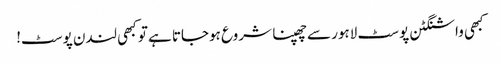
کبھی واشنگٹن پوسٹ لاہور سے چھپنا شروع ہوجاتا ہےتو کبھی لندن پوسٹ!